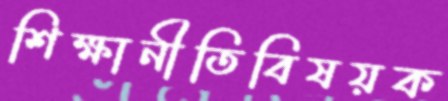
শিক্ষানীতিবিষয়ক